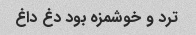
ترد و خوشمزه بود دغ داغ